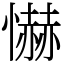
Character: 懗